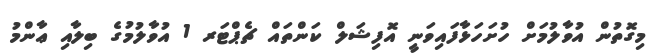
މިގޮތުން އުވާލުމަށް ހުށަހަޅާފައިވަނީ އޮފިޝަލް ކަންތައް ޗެޕްޓަރ 1 އުވާލުމުގެ ބިލާއި ޢާންމު